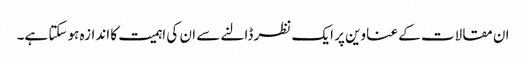
ان مقالات کے عناوین پر ایک نظر ڈالنے سے ان کی اہمیت کا اندازہ ہو سکتا ہے۔